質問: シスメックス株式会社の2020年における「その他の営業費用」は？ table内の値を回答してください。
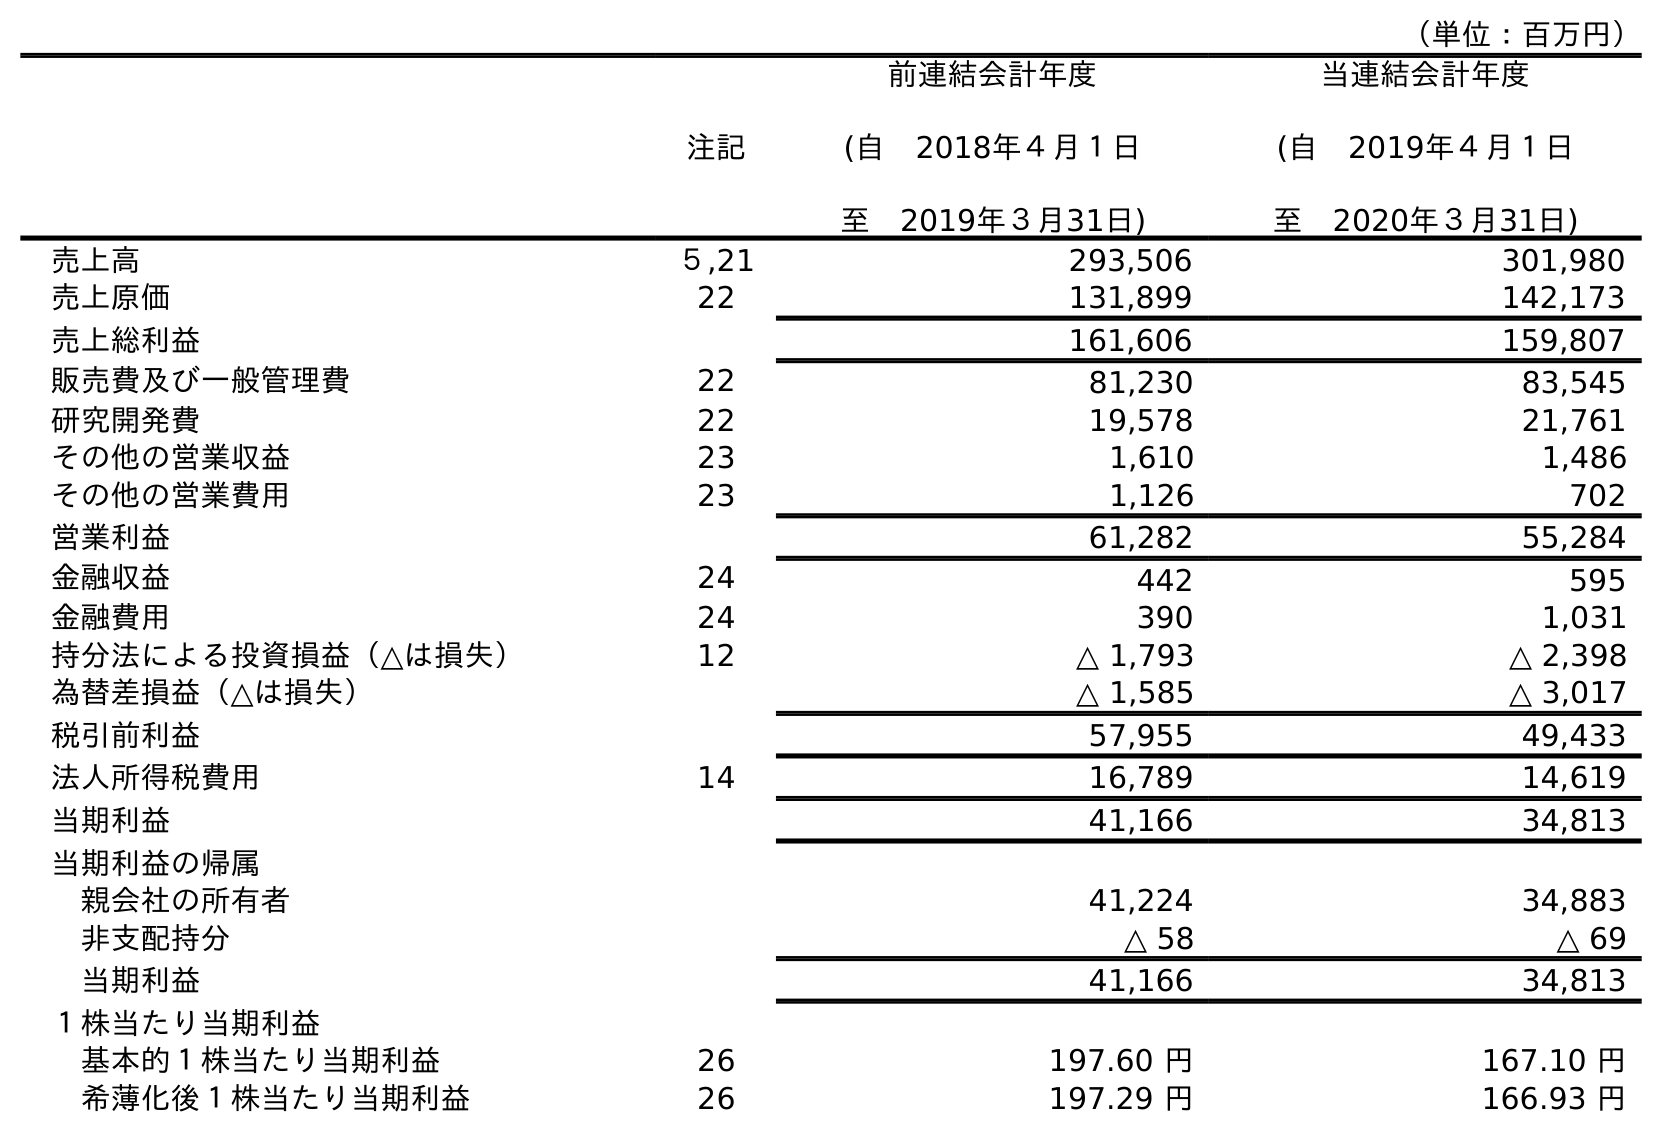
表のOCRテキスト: （単位：百万円） 注記 前連結会計年度 (自 2018年４月１日 至 2019年３月31日) 当連結会計年度 (自 2019年４月１日 至 2020年３月31日) 売上高 ５,21 293,506 301,980 売上原価 22 131,899 142,173 売上総利益 161,606 159,807 販売費及び一般管理費 22 81,230 83,545 研究開発費 22 19,578 21,761 その他の営業収益 23 1,610 1,486 その他の営業費用 23 1,126 702 営業利益 61,282 55,284 金融収益 24 442 595 金融費用 24 390 1,031 持分法による投資損益（△は損失） 12 △ 1,793 △ 2,398 為替差損益（△は損失） △ 1,585 △ 3,017 税引前利益 57,955 49,433 法人所得税費用 14 16,789 14,619 当期利益 41,166 34,813 当期利益の帰属 親会社の所有者 41,224 34,883 非支配持分 △ 58 △ 69 当期利益 41,166 34,813 １株当たり当期利益 基本的１株当たり当期利益 26 197.60 円 167.10 円 希薄化後１株当たり当期利益 26 197.29 円 166.93 円
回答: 702